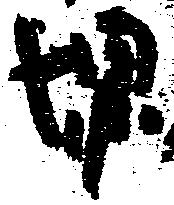
堺